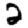
Digit: 2